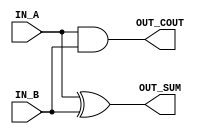
module H_Adder( IN_A,IN_B, OUT_SUM, OUT_COUT );
input  IN_A,IN_B;
output  OUT_SUM, OUT_COUT;

xor xor_1 (OUT_SUM,IN_A,IN_B);
and and_1 (OUT_COUT,IN_A,IN_B);

endmodule